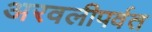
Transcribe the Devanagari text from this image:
अरवलीपर्वत